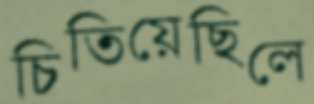
চিতিয়েছিলে